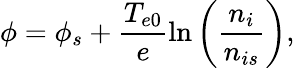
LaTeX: \phi=\phi_{s}+\frac{T_{e0}}{e}\ln\left(\frac{n_{i}}{n_{is}}\right),